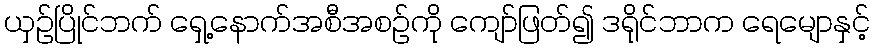
ယှဉ်ပြိုင်ဘက် ရှေ့နောက်အစီအစဉ်ကို ကျော်ဖြတ်၍ ဒရိုင်ဘာက ရေမျောနှင့်